Enquiry on enteric fever in India - Number 32
Disease focus: Fever
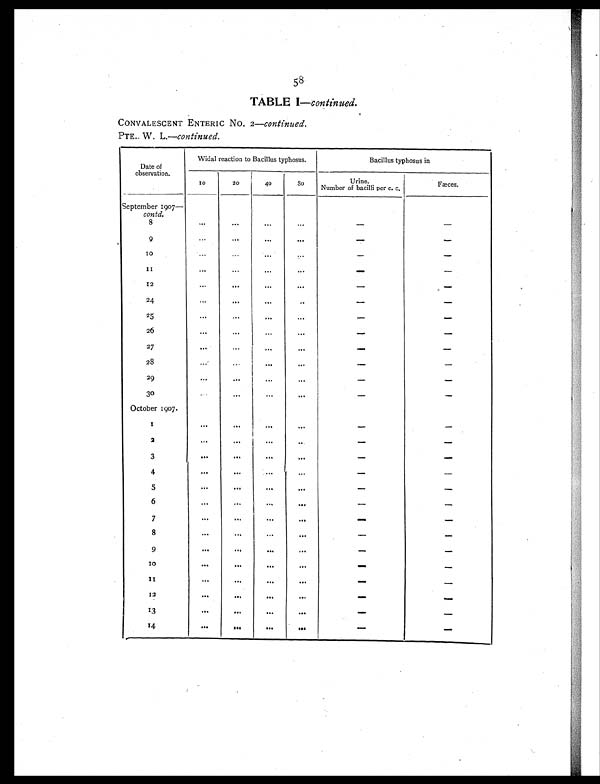
58
TABLE I —continued.
CONVALESCENT ENTERIC No. 2—continued.
PTE.. W. L.—continued.
Date of
observation.
Widal reaction to Bacillus typhosus.
Bacillus typhosus in
10
20
40
80
Urine.
Number of bacilli per c. c.
Fæces.
September 1907—
contd.
8
...
...
...
. . .
—
—
9
...
...
. . . . . .
—
—
10
...
. . .
. . . . . .
—
—
1 1
...
...
. . .
...
—
—
1 2
...
. . .
. . . . . .
—
—
2 4
. . . . . .
. . .
. . .
—
—
2 5
. . . . . .
. . . . . .
—
—
2 6
. . .
. . .
...
. . .
—
—
2 7
...
. . .
. . .
. . .
—
—
28
...
. . .
...
. . .
—
—
29
. . . . . .
. . .
. . .
—
—
30
...
. . .
. . . . . .
—
—
October 1907.
1
. . . . . .
...
. . .
—
—
2
...
...
. . .
. .
—
—
3
. . . . . .
. . .
. . .
—
—
4
. . .
. . .
...
. . .
—
—
5
. . .
. . .
. . . . . .
—
—
6
. . .
. . .
. . .
. . .
—
—
7
. . .
. . .
. . .
. . .
—
—
8
. . .
. . .
...
. . .
—
—
9
. . .
. . .
. . .
. . .
—
—
10
. . .
. . .
. . .
. . .
—
—
1 1
. . .
. . .
...
. . .
—
—
12
...
. . .
. . .
. . .
—
—
13
. . .
. . .
. . .
. . .
—
—
14
. . .
...
. . .
...
—
—